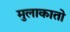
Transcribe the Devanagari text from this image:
मुलाकातो